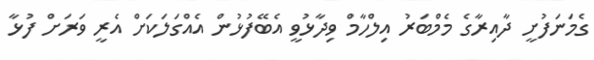
ގެމަނަފުށީ ދާއިރާގެ މެމްބަރު އިލްހާމް ވިދާޅުވީ އެބޭފުޅުން އެއްގަލަކަށް އެރީ ވަރަށް ފުޅާ